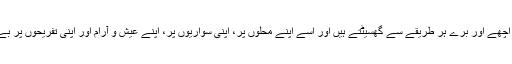
یہ رعایا کا پیسہ اچھے اور برے ہر طریقے سے گھسیٹتے ہیں اور اسے اپنے محلوں پر، اپنی سواریوں پر، اپنے عیش و آرام اور اپنی تفریحوں پر بے دریغ لٹاتے ہیں۔